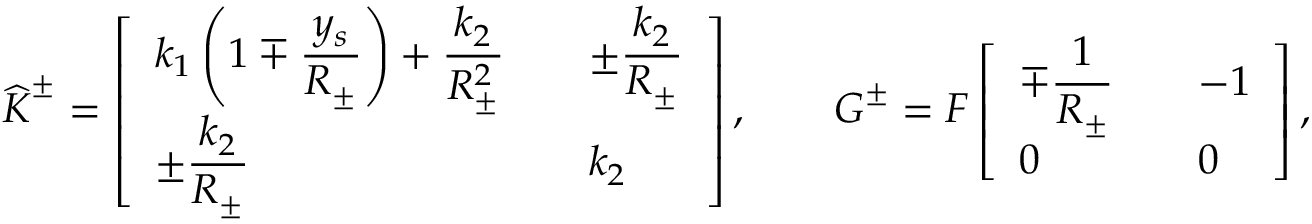
\widehat { \boldsymbol { K } } ^ { \pm } = \left[ \begin{array} { l l } { \displaystyle k _ { 1 } \left( 1 \mp \frac { y _ { s } } { R _ { \pm } } \right) + \frac { k _ { 2 } } { R _ { \pm } ^ { 2 } } \quad } & { \displaystyle \pm \frac { k _ { 2 } } { R _ { \pm } } } \\ { \displaystyle \pm \frac { k _ { 2 } } { R _ { \pm } } } & { k _ { 2 } } \end{array} \right] , \qquad \boldsymbol { G } ^ { \pm } = F \left[ \begin{array} { l l } { \displaystyle \mp \frac { 1 } { R _ { \pm } } \quad } & { \displaystyle - 1 } \\ { \displaystyle 0 } & { 0 } \end{array} \right] ,